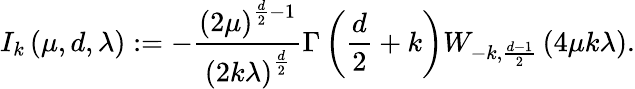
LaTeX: I_{k}\left(\mu,d,\lambda\right):=-\frac{\left(2\mu\right)^{\frac{d}{2}-1}}{\left(2k\lambda\right)^{\frac{d}{2}}}\Gamma\left(\frac{d}{2}+k\right)W_{-k,\frac{d-1}{2}}\left(4\mu k\lambda\right).